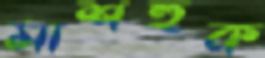
মাশহুক